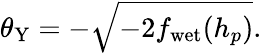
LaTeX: \theta_{\mathrm{Y}}=-\sqrt{-2f_{\mathrm{wet}}(h_{p})}.